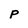
Character: P